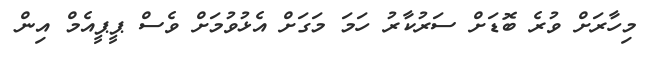
މިހާރަށް ވުރެ ބޮޑަށް ސަރުކާރު ހަމަ މަގަށް އެޅުވުމަށް ވެސް ޕީޕީއެމް އިން